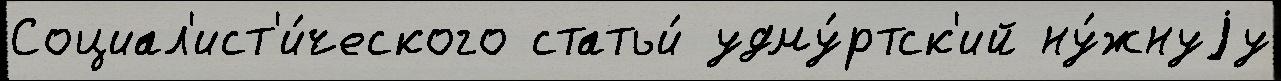
Социал'ист'и́ческого статьи́ удму́ртск'ий ну́жнуjу